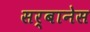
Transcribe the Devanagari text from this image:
सर्बानेस